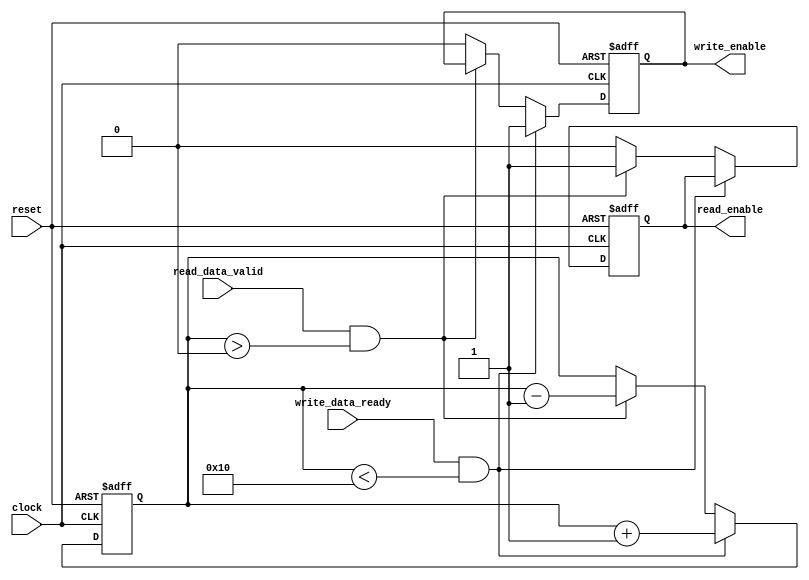
module almost_empty_fifo (
    input wire clock,
    input wire reset,
    input wire write_data_ready,
    input wire read_data_valid,
    output reg write_enable,
    output reg read_enable
);

parameter FIFO_DEPTH = 16;
parameter ALMOST_EMPTY_THRESHOLD = 4;
reg [4:0] fill_level;

always @(posedge clock or posedge reset) begin
    if (reset) begin
        fill_level <= 0;
        write_enable <= 0;
        read_enable <= 0;
    end else if (write_data_ready && (fill_level < FIFO_DEPTH)) begin
        fill_level <= fill_level + 1;
        write_enable <= 1;
    end else if (read_data_valid && (fill_level > 0)) begin
        fill_level <= fill_level - 1;
        read_enable <= 1;
    end else begin
        write_enable <= 0;
        read_enable <= 0;
    end
end

endmodule